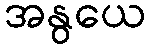
အနွယေ